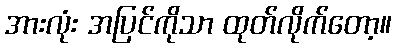
အားလုံး အပြင်ကိုသာ ထုတ်လိုက်တော့။